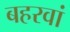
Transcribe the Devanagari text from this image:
बहरवां